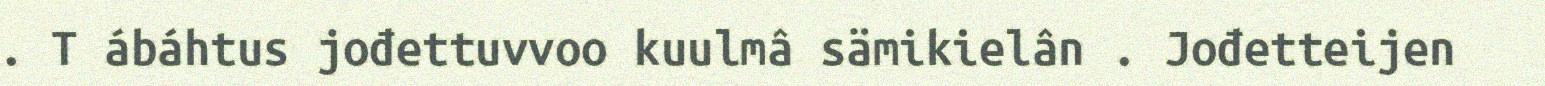
. T ábáhtus jođettuvvoo kuulmâ sämikielân . Jođetteijen